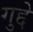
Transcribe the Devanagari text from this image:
गुद्दे